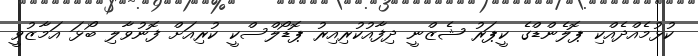
ކުޅުމެއްދެއްކި ޕޮލެންޑްގެ ކީޕަރު ޝެޒްނީ ދިފާއުކުރިއިރު ޕޮޑޯލްސްކީ ކުރިއަށް ފޮނުވާލި ބޯޅަ އަމާޒުވީ